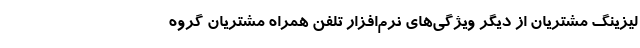
لیزینگ مشتریان از ديگر ويژگي‌هاي نرم‌افزار تلفن همراه مشتريان گروه